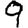
Digit: 9